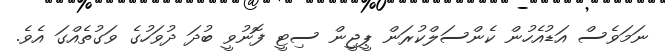
ނަމަވެސް އަޑުއެހުން ކެންސަލްކުރަން ޕީޖީން ސިޓީ ފޮނުވީ ބުދަ ދުވަހުގެ ވަގުތެއްގަ އެވެ.